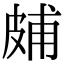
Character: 𤿭